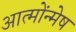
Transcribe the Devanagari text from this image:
आत्मोंन्मेष